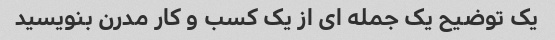
یک توضیح یک جمله ای از یک کسب و کار مدرن بنویسید